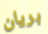
بريان